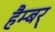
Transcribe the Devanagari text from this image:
हैम्बर्